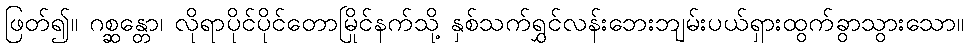
ဖြတ်၍။ ဂစ္ဆန္တော၊ လိုရာပိုင်ပိုင်တောမြိုင်နက်သို့ နှစ်သက်ရွှင်လန်းဘေးဘျမ်းပယ်ရှားထွက်ခွာသွားသော။